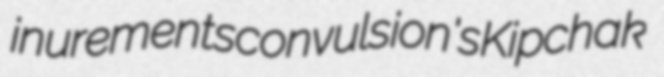
inurements convulsion's Kipchak